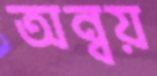
অন্বয়